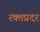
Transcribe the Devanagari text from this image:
रक्तप्रदर